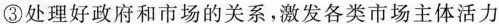
③处理好政府和市场的关系，激发各类市场主体活力